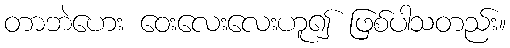
တာဘဲဟေး ဝေးလေးလေးဟူ၍ ဖြစ်ပါသတည်း။